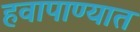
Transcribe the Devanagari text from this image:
हवापाण्यात